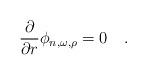
LaTeX: \begin{align*}{\partial \over \partial r}\phi_{n,\omega,\rho}=0~~~.\end{align*}